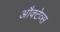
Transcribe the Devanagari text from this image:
औक्टेव्स